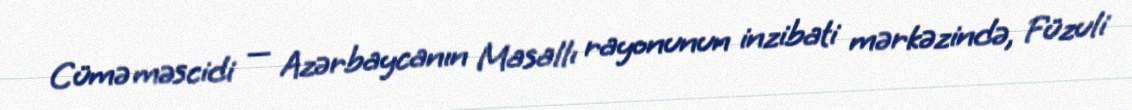
Cümə məscidi — Azərbaycanın Masallı rayonunun inzibati mərkəzində, Füzuli